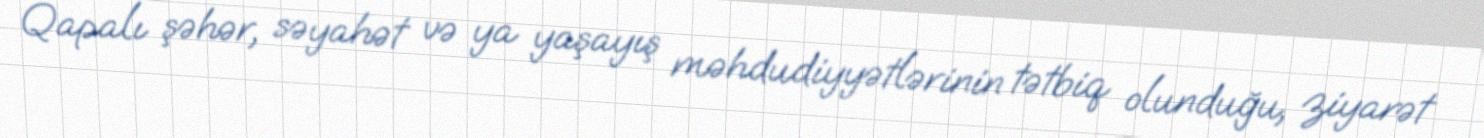
Qapalı şəhər, səyahət və ya yaşayış məhdudiyyətlərinin tətbiq olunduğu, ziyarət